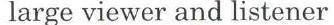
large viewer and listener